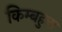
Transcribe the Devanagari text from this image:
किम्बहुना